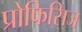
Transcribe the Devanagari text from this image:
प्रोफिसिज